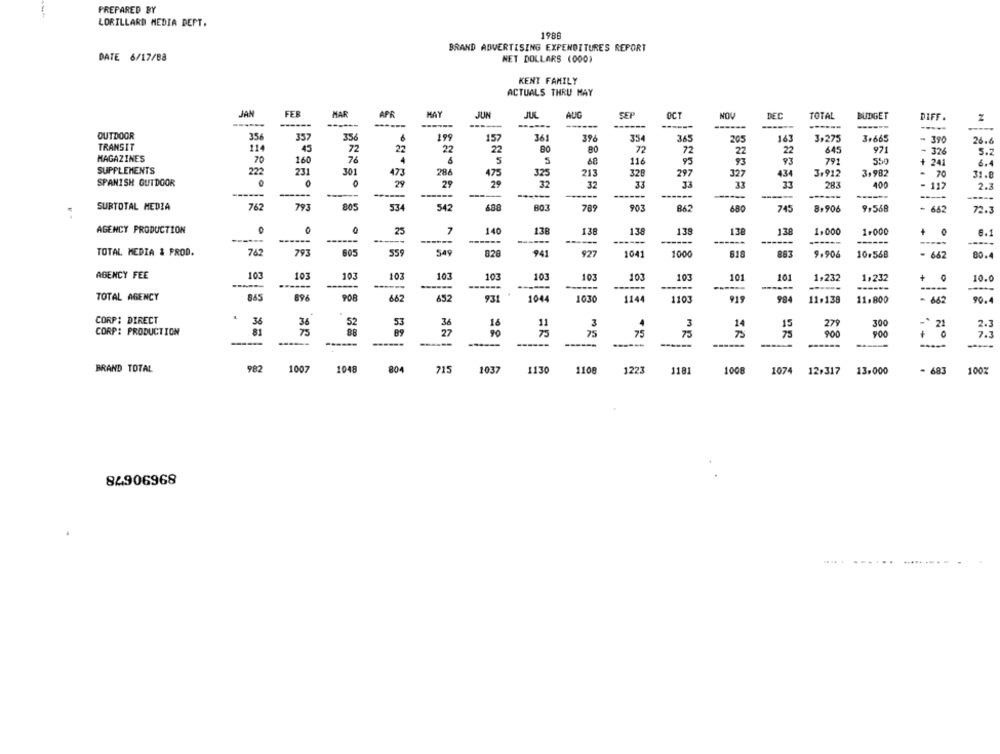
PREPARED BY
LORILLARD MEDIA DEPT.
1988
BRAND ADVERTISING EXPENDITURES REPORT
DATE 6/17/88
NET DOLLARS (000)
KENT FAMILY
ACTUALS THRU MAY
JAN
FER
HAR
APR
MAY
JUL
AUG
SET
OCT
NOV
DEC
JUN
TOTAL
BUDGET
DIFF.
N
------
------
------
------
-----
OUTDOOR
356
357
356
36
199
157
396
35
34
205
163
3.275
3+665
- 390
26.6
TRANSIT
114
45
72
22
22
22
80
72
72
22
22
645
971
- 326
5.2
MAGAZINES
70
160
76
5
93
4
5
68
116
93
93
791
550
+ 241
6.4
SUPPLEMENTS
222
231
301
473
288
475
325
213
297
327
434
3,912
3,982
31.8
SPANISH OUTDOOR
0
O
0
29
29
25
32
32
33
33
283
400
- 117
2.3
------
------
--
SURTOTAL MEDIA
762
793
805
534
542
680
BO3
789
903
680
745
8,906
9,568
662
72.3
AGENCY PRODUCTION
25
140
138
138
138
138
138
138
1.000
1.000
+
6.1
------
------
---
----
------
------
----
---
-----
TOTAL MEDIA & PROD.
742
793
605
555
549
94
927
1041
1000
618
88
9.906
10.568
662
80.4
AGENCY FEE
103
101
103
103
103
103
103
103
103
103
101
101
1,232
1,232
+
10.0
-----
-----
------
TOTAL AGENCY
696
908
662
652
931
1044
1030
1144
1103
919
98
11.138
11.800
- 662
90.4
CORP: DIRECT
36
36
52
53
36
18
11
3
14
15
279
300
* 21
2.3
CORP: PRODUCTION
81
75
88
89
27
90
75
900
75
75
75
900
0
7.3
------
------
BRAND TOTAL
982
1007
1048
804
215
1037
1130
1108
1223
1181
1008
1074
12.317
. 683
100%
13.000
84906968